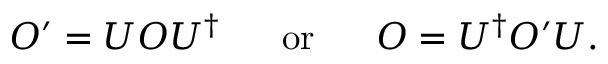
{ \cal O } ^ { \prime } = U { \cal O } U ^ { \dagger } \ \ \ \ \ \mathrm { o r } \ \ \ \ \ { \cal O } = U ^ { \dagger } { { \cal O } } ^ { \prime } U .